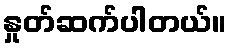
နှုတ်ဆက်ပါတယ်။